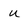
Character: u